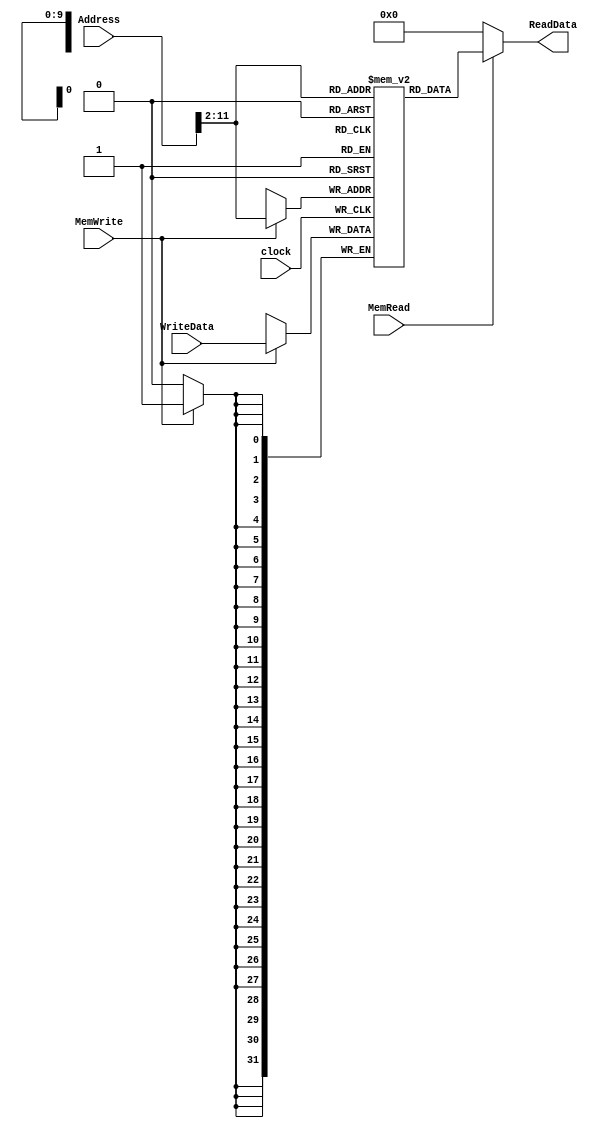
module Data_Memory ( Address, WriteData, MemWrite, MemRead, ReadData, clock );
    input       [31:0]  WriteData;
    input       [31:0]  Address;
    input               MemWrite, MemRead, clock;
    output  reg [31:0]  ReadData;

    reg         [31:0]  dataMem [0:1023];   // maximum 1024 data
    integer             i;

    initial
    begin
        ReadData = 0;
        for ( i = 0; i < 1024; i = i + 1 ) 
            dataMem[i] = 0; // initialize to be zeros
    end

    always @ ( negedge clock )
    begin
        if ( MemWrite ) dataMem[Address[31:2]] = WriteData; 
        else            ;
    end
    
    always @( Address, MemRead, dataMem[Address[31:2]] )
        if ( MemRead )  ReadData = dataMem[Address[31:2]];
        else            ReadData = 0;
endmodule